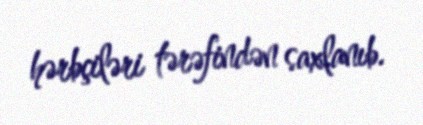
hərbçiləri tərəfindən saxlanıb.